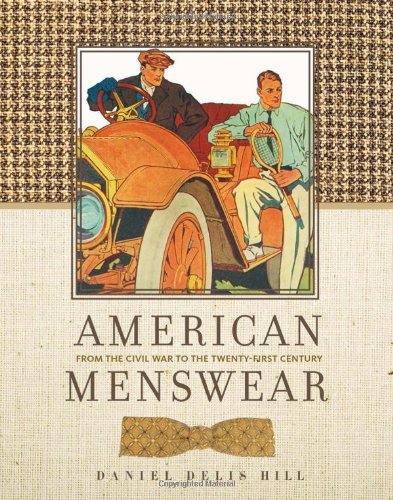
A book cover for American Menswear: From the Civil War to the Twenty-First Century (Costume Society of America Series); Daniel Delis Hill; Health, Fitness & Dieting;